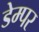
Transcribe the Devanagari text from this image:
डेम्पर